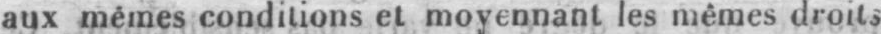
aux mêmes conditions et moyennant les mêmes droits